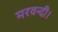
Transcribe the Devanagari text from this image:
मरवन्दी।